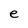
Character: e